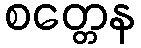
စတ္တေန